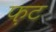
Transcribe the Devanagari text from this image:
फ़ट